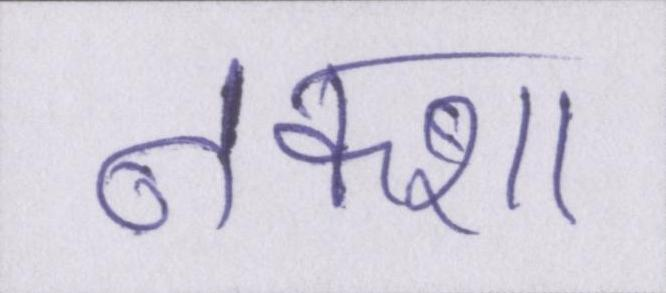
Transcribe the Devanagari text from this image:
नक्शा